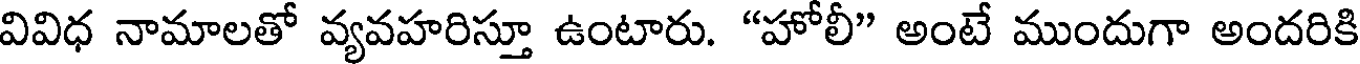
వివిధ నామాలతో వ్యవహరిస్తూ ఉంటారు. "హోలీ" అంటే ముందుగా అందరికి